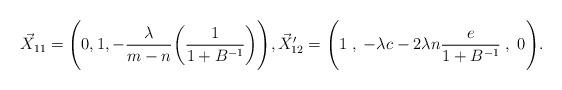
LaTeX: \begin{align*} \vec{X}_{11} &= \Bigg( 0, 1, - \frac{\lambda}{m-n} \bigg(\frac{1}{1+ B^{-1}} \bigg)\Bigg), \vec{X}_{12}'= \Bigg(1 \;,\; -\lambda c - 2\lambda n \frac{e}{1+B^{-1}} \;,\; 0\Bigg). \end{align*}